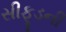
સીફૂડની